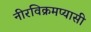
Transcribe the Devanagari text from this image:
नीरविक्रमप्यासी